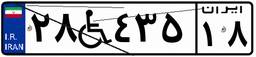
۲۸W۴۳۵۱۸